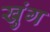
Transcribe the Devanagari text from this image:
खुंग